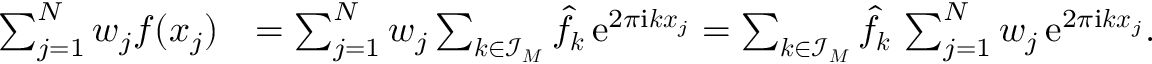
\begin{array} { r l } { \sum _ { j = 1 } ^ { N } w _ { j } f ( \boldsymbol x _ { j } ) } & { = \sum _ { j = 1 } ^ { N } w _ { j } \sum _ { \boldsymbol k \in \mathcal I _ { \boldsymbol M } } \hat { f } _ { \boldsymbol k } \, \mathrm e ^ { 2 \pi \mathrm i \boldsymbol k \boldsymbol x _ { j } } = \sum _ { \boldsymbol k \in \mathcal I _ { \boldsymbol M } } \hat { f } _ { \boldsymbol k } \, \sum _ { j = 1 } ^ { N } w _ { j } \, \mathrm e ^ { 2 \pi \mathrm i \boldsymbol k \boldsymbol x _ { j } } . } \end{array}